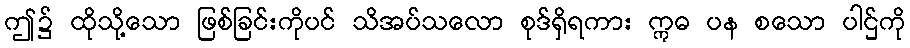
ဤ၌ ထိုသို့သော ဖြစ်ခြင်းကိုပင် သိအပ်သလော စုဒ်ရှိရကား ဣဓ ပန စသော ပါဌ်ကို